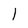
Character: I